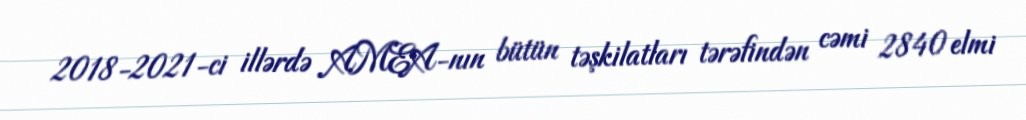
2018-2021-ci illərdə AMEA-nın bütün təşkilatları tərəfindən cəmi 2840 elmi